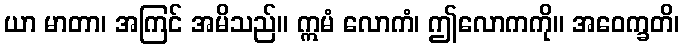
ယာ မာတာ၊ အကြင် အမိသည်။ ဣမံ လောကံ၊ ဤလောကကို။ အဝေက္ခတိ၊